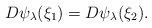
LaTeX: \begin{align*} D\psi_\lambda(\xi_1)=D\psi_\lambda(\xi_2).\end{align*}